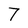
Character: 7